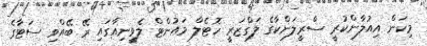
މިކަން އިއުލާންކުރީ ސްރީލަންކާގެ ލަގްޒަރީ ހޮޓެލް މައުންޓް ލެވީނިއާގައި ރޭ ބޭއްވި ސަޓާގެ